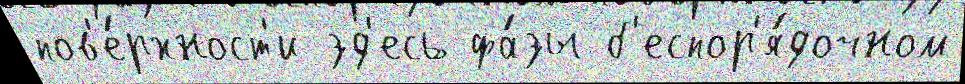
пов'е́рхност'и зд'есь фа́зы б'еспор'я́дочном